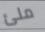
ملئ